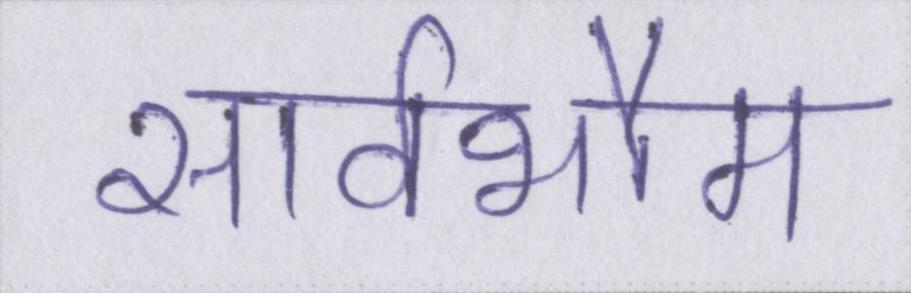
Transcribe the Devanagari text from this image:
सार्वभौम